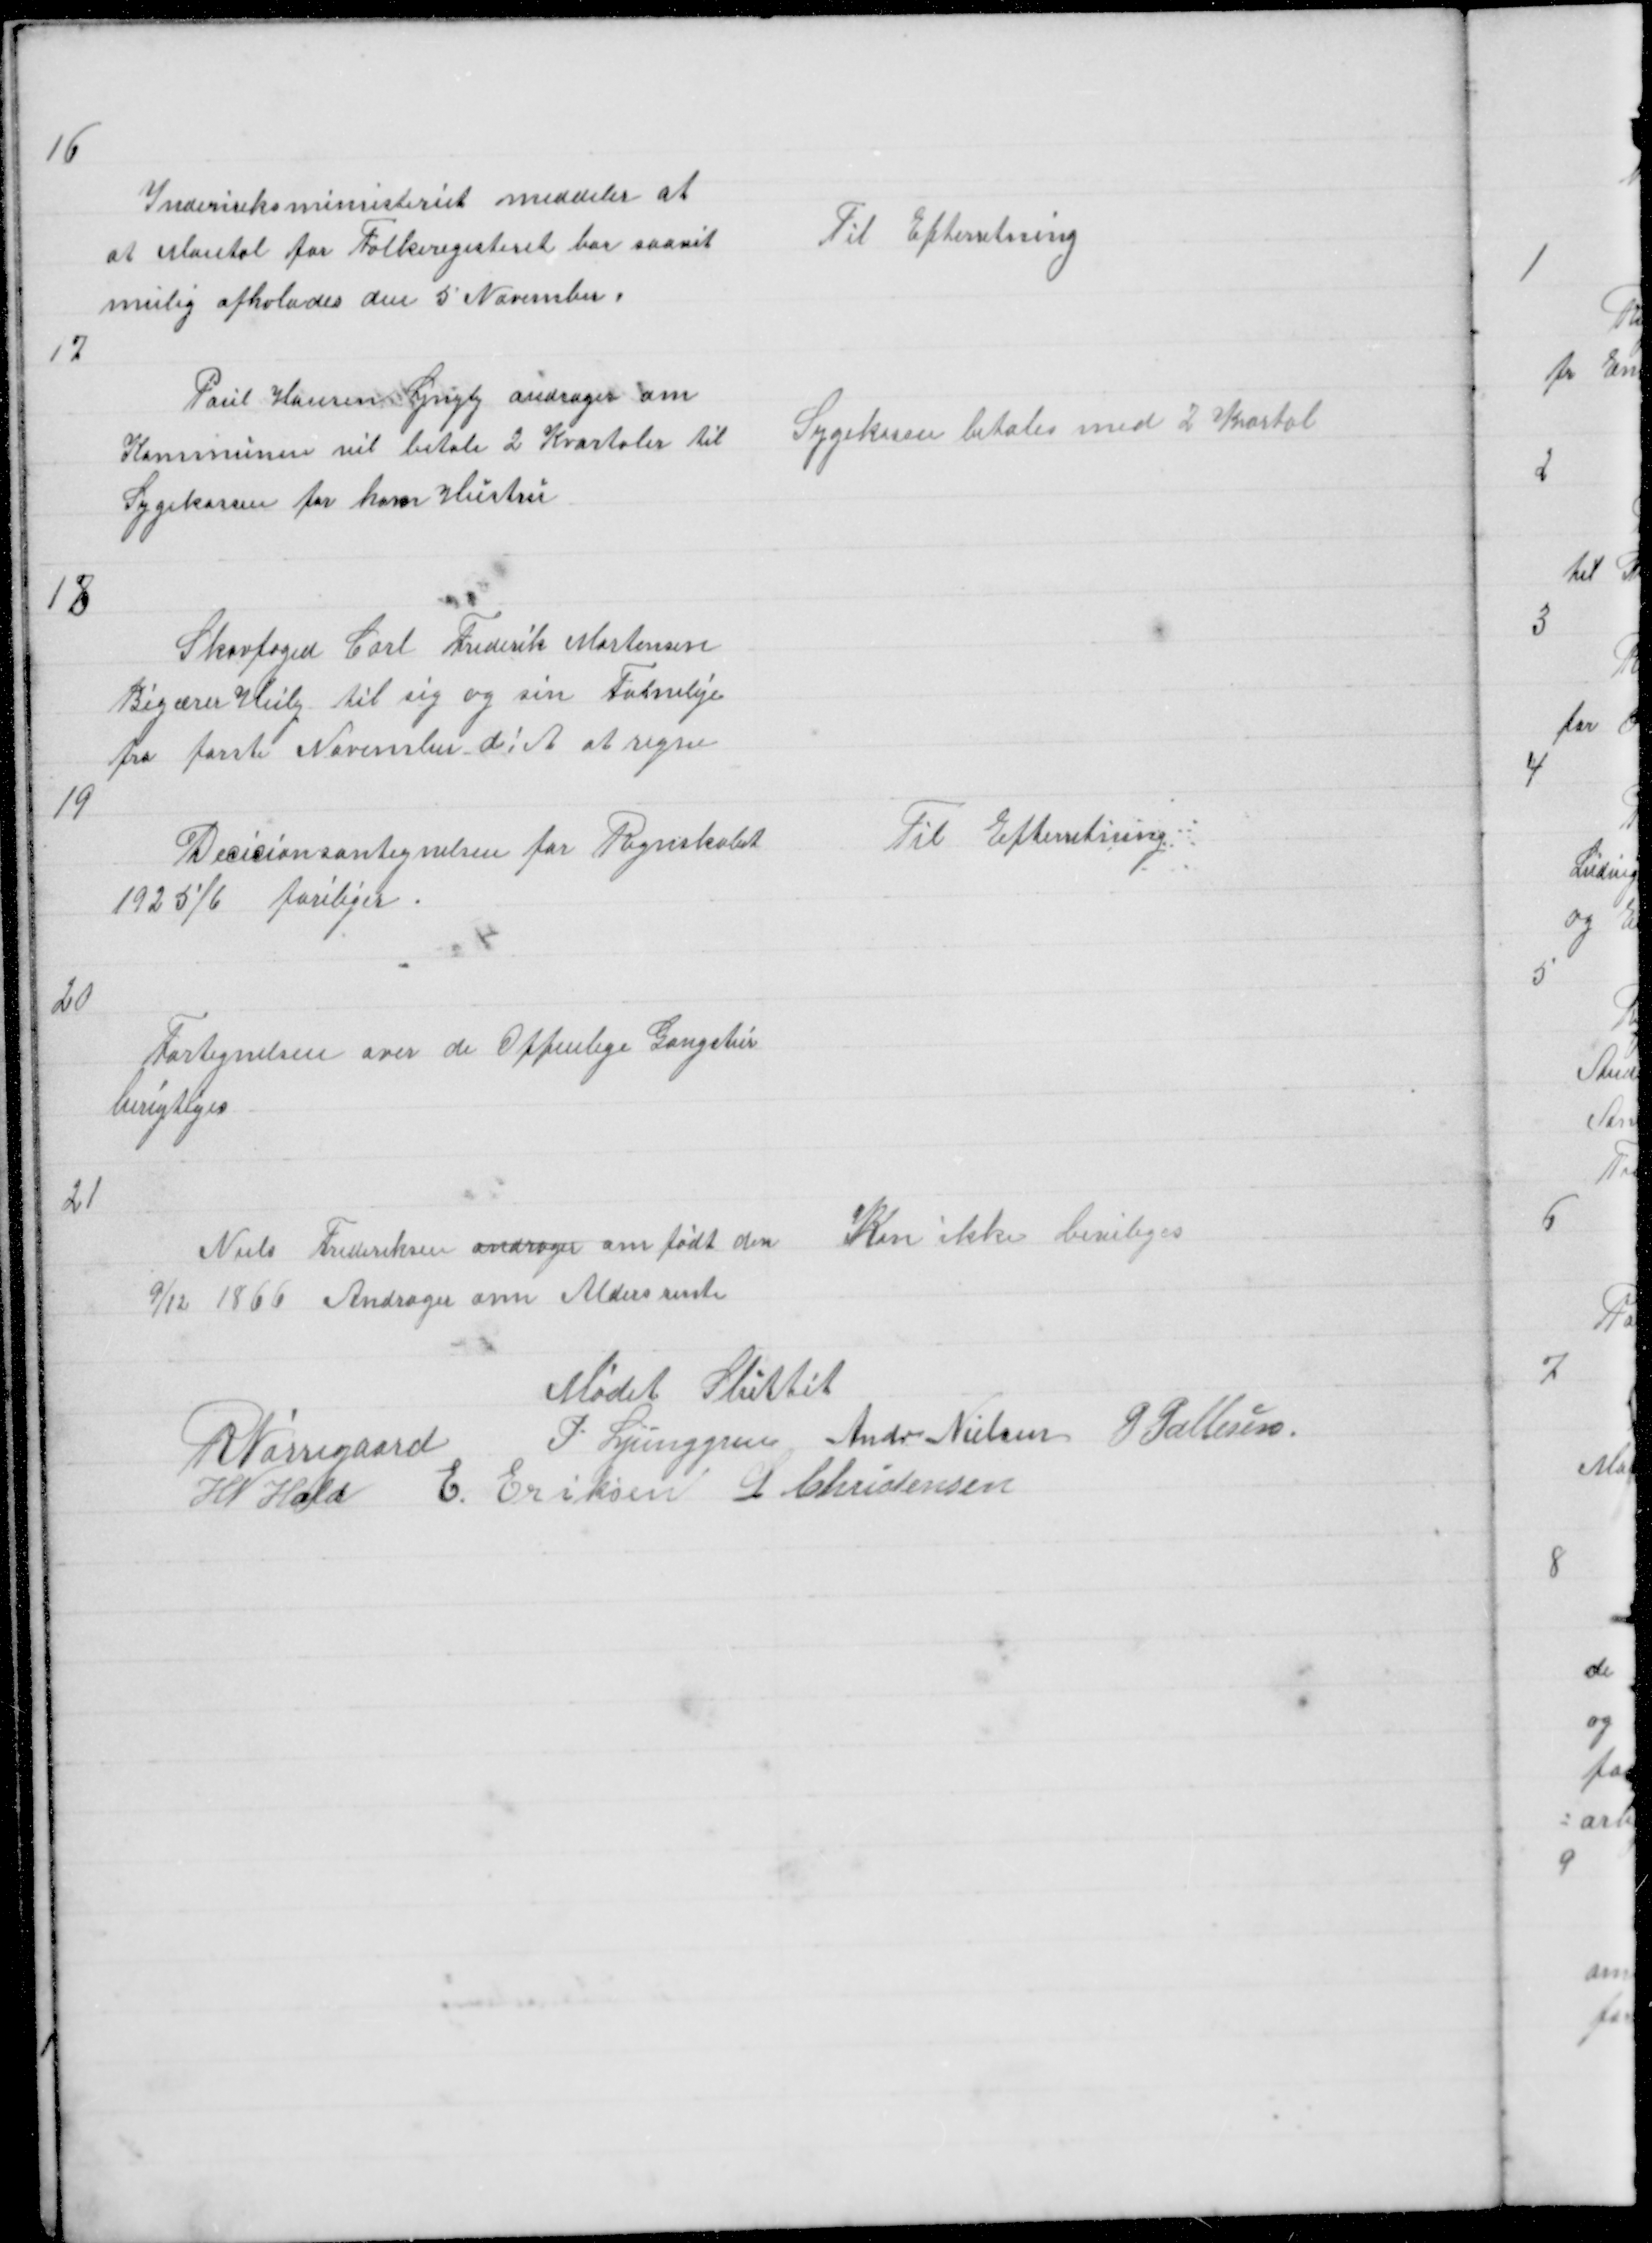
Transskription:
16

Indenriksministeriet meddeler at
at Mantal for Folkeregisteret bør saavit
mulig afholdes den 5 November

Til Efterretning

17

Poul Hansen Lyngby andrager om
Kommunen vil betale 2 Kvartaler til
Sygekassen for hans Hustru

Sygekassen betales med 2 Kvartaler

18

Skovfoged Carl Frederik Mortensen
Begærer Huly til sig og sin Familije
fra første November d! A! at regne

19

Decicionsantegnelsen for Regnskabet
1925/6 foreliger

Til Efterretning

20

Fortegnelsen over de Offenlige Gangstier
beritiges

21

Niels Frederiksen andrager om født den
9/12 1866 Andrager om Aldersrente

Kan ikke beviliges

Mødet Sluttet
R Nørregaard
P Ljunggren Andr Nielsen P Pallesen
H N Hald E Eriksen L Christensen